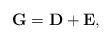
\begin{align*}\mathbf{G} = \mathbf{D} + \mathbf{E},\end{align*}